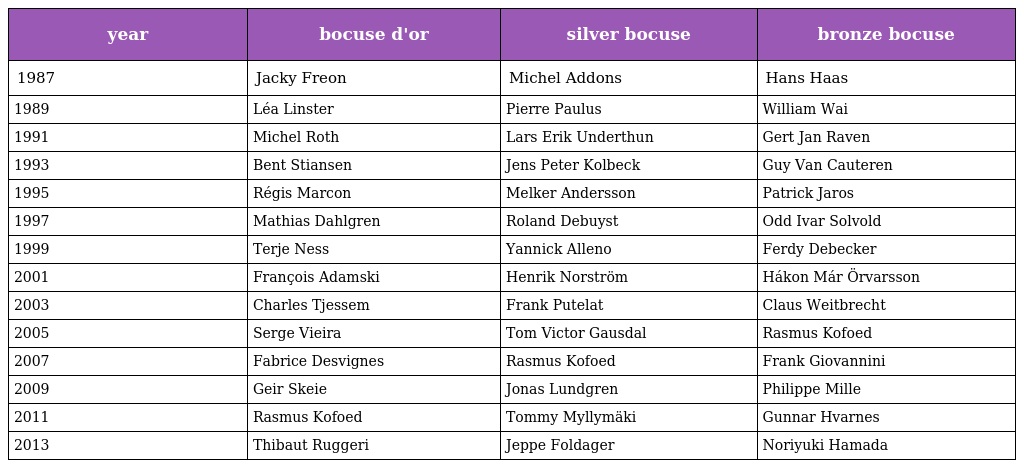
| year | bocuse d'or | silver bocuse | bronze bocuse |
 | --- | --- | --- | --- |
 | 1987 | Jacky Freon | Michel Addons | Hans Haas |
 | 1989 | Léa Linster | Pierre Paulus | William Wai |
 | 1991 | Michel Roth | Lars Erik Underthun | Gert Jan Raven |
 | 1993 | Bent Stiansen | Jens Peter Kolbeck | Guy Van Cauteren |
 | 1995 | Régis Marcon | Melker Andersson | Patrick Jaros |
 | 1997 | Mathias Dahlgren | Roland Debuyst | Odd Ivar Solvold |
 | 1999 | Terje Ness | Yannick Alleno | Ferdy Debecker |
 | 2001 | François Adamski | Henrik Norström | Hákon Már Örvarsson |
 | 2003 | Charles Tjessem | Frank Putelat | Claus Weitbrecht |
 | 2005 | Serge Vieira | Tom Victor Gausdal | Rasmus Kofoed |
 | 2007 | Fabrice Desvignes | Rasmus Kofoed | Frank Giovannini |
 | 2009 | Geir Skeie | Jonas Lundgren | Philippe Mille |
 | 2011 | Rasmus Kofoed | Tommy Myllymäki | Gunnar Hvarnes |
 | 2013 | Thibaut Ruggeri | Jeppe Foldager | Noriyuki Hamada |